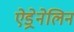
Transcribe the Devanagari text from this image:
ऐड्रेनेलिन